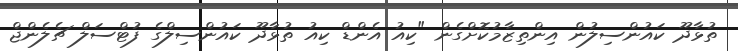
ތުޅާދޫ ކައުންސިލުން އިންތިޒާމުކޮށްގެން "ކިއު އެންޑް ކިއު ތުޅާދޫ ކައުންސިލްގެ ފުޓްސަލް ޗެލެންޖް